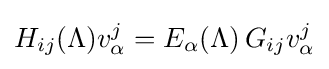
H_{ij}(\Lambda )v_{\alpha }^{j}=E_{\alpha }(\Lambda )\,G_{ij}v_{\alpha }^{j}